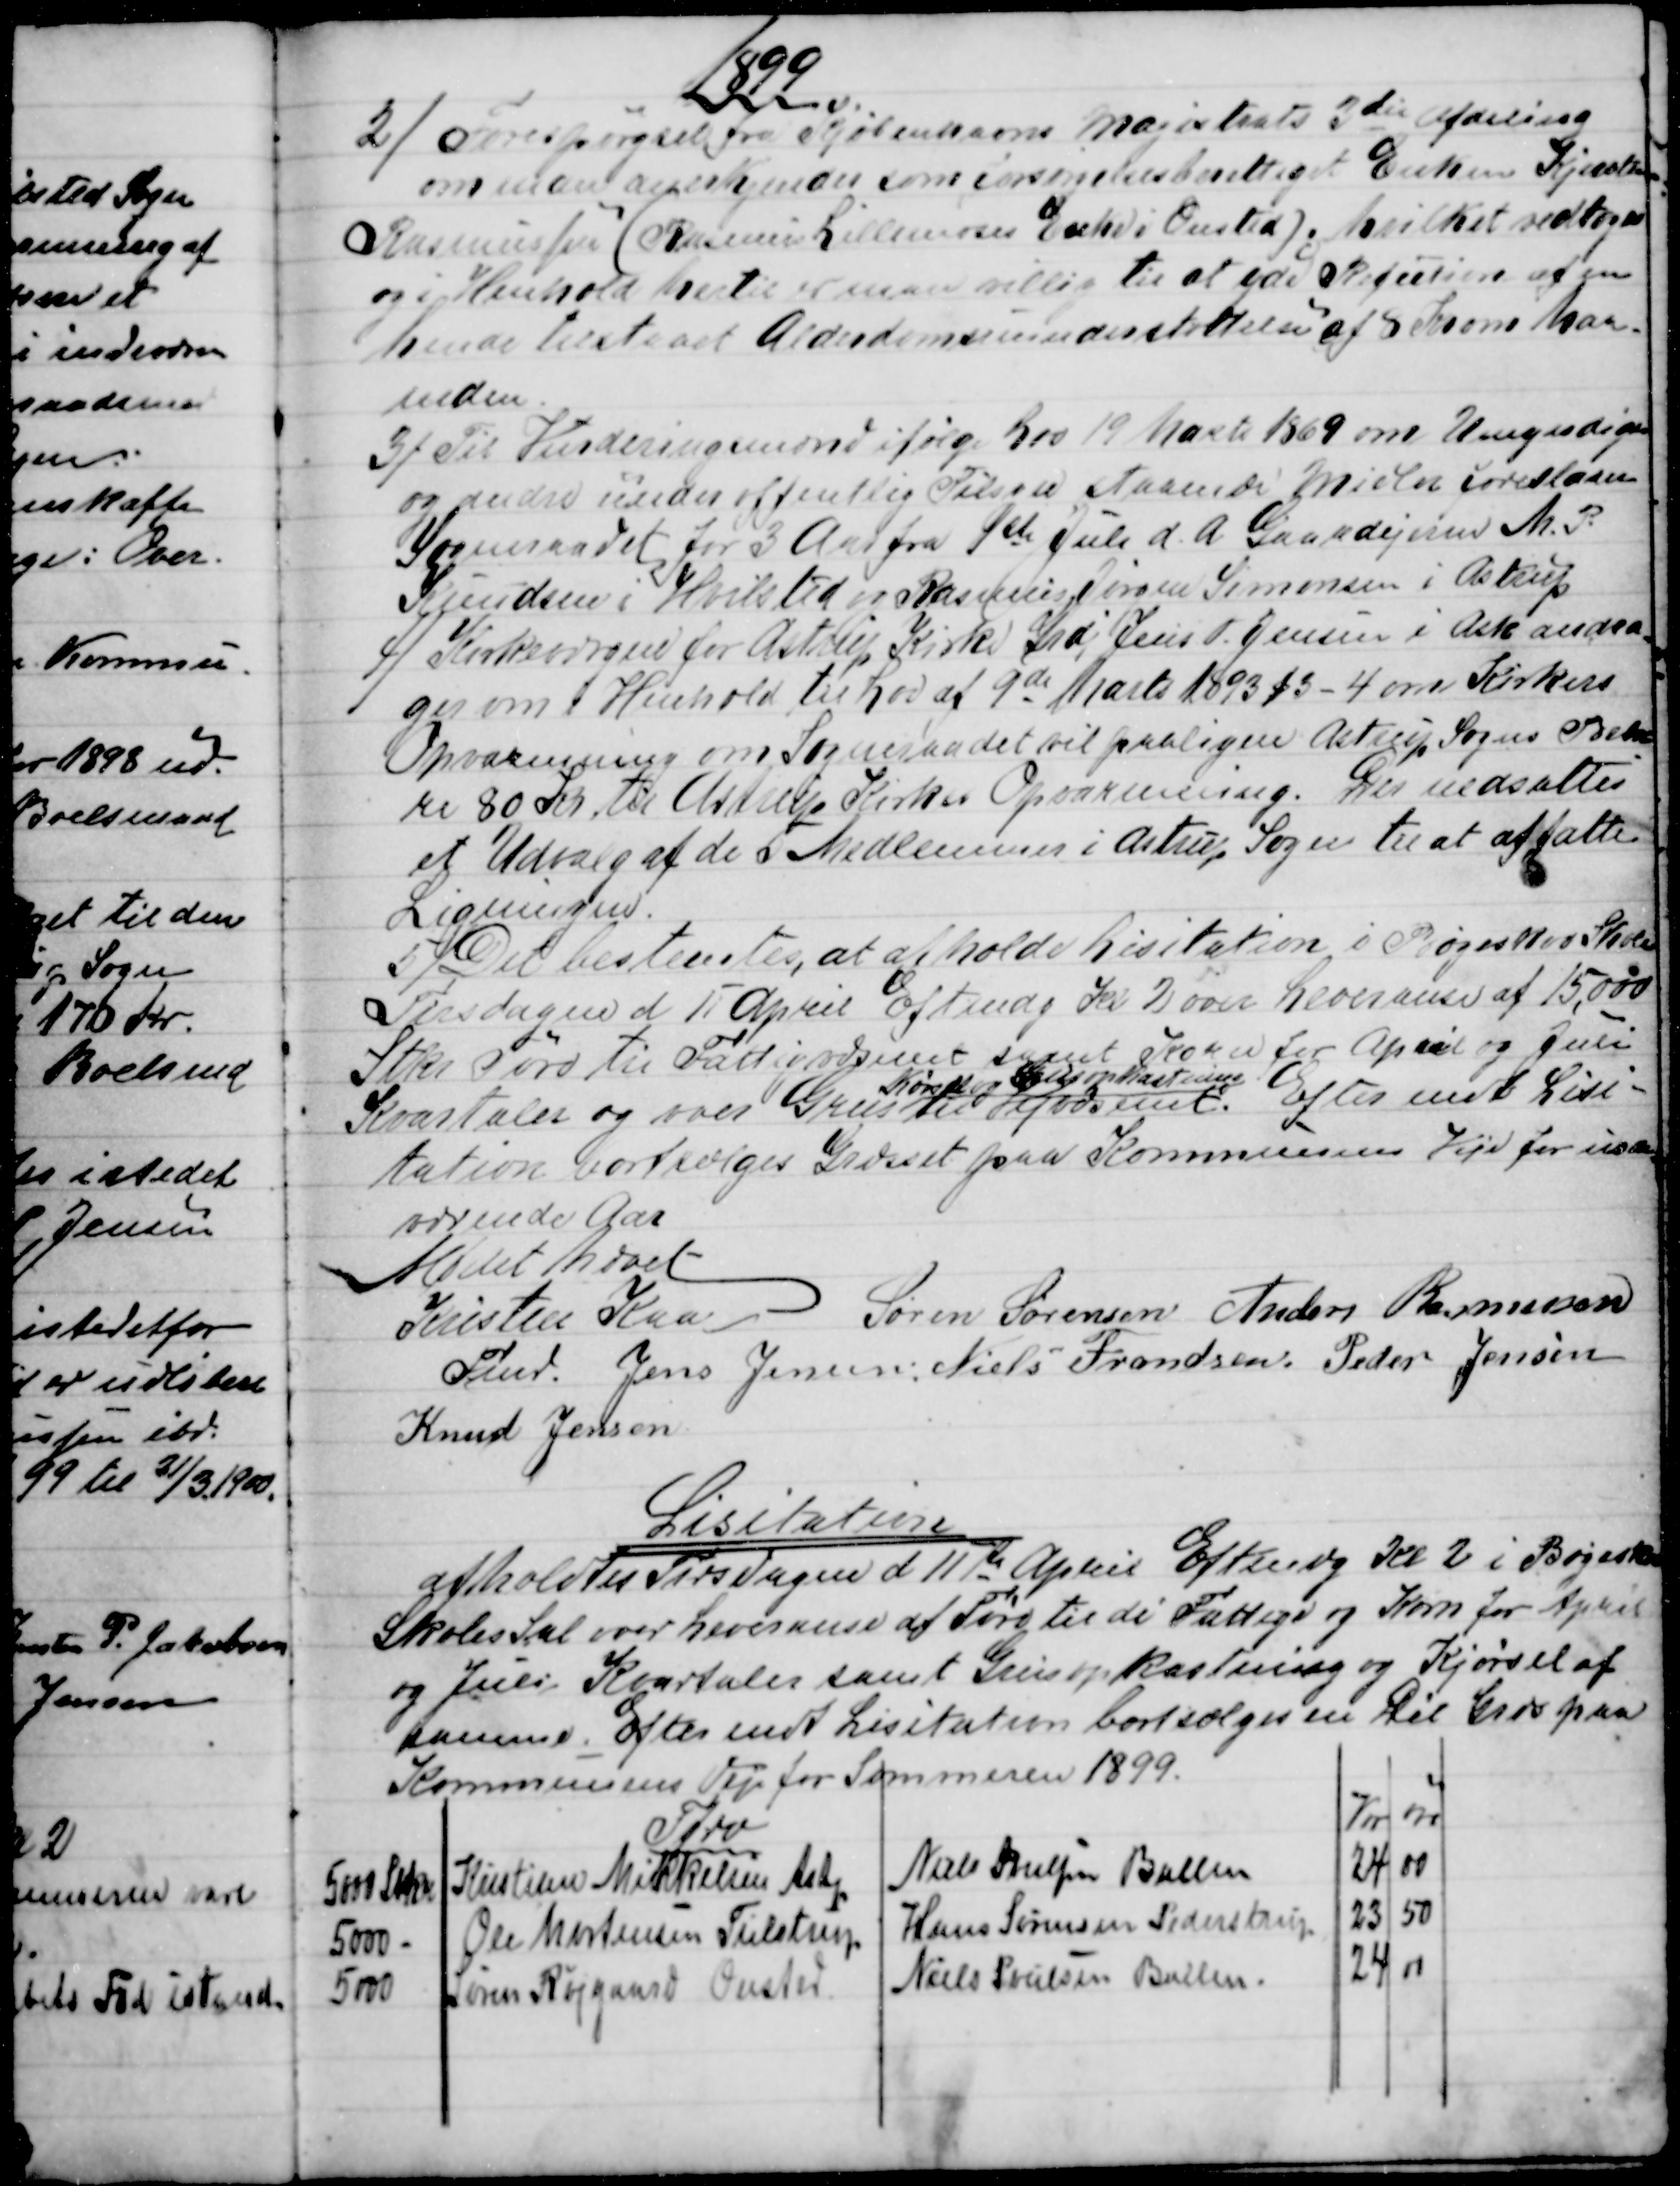
Transskription:
1899
2)
Forespørgsel fra Københavns Magistrats 3die Afdeling
om man anerkjender som forsøgelsesberettiget Enken Kjersten
Rasmussen (Rasmus Lillemoses Enke i Onsted), hvilket vedtoges
og i Henhold hertil er man villig til at yde Refution af en
hende tilstaaet Alderdomsunderstøttelse af 8 Kr om Maa-
neden.
3) 
Til Vurderingsmand ifølge Lov 19 Marts 1869 om Umyndiges
og andre under offentlig Tilsyn staaende Midler foreslaaer
Sogneraadet for 3 Aar fra 1ste Juli d. A.  Gaardejerne M. P.
Knudsen i Hvilsted og Rasmus Jørgen Simonsen i Astrup
4)
Kirkeværgen for Astrup Kirke Grdj Jens P. Jensen i Ask andra
=
ger om i Henhold til Lov af 9de Marts 1893 § 3-4 om Kirkers
Opvarmning om Sogneraadet vil paaligne Astrup Sogns Beboe
=
re 80 Kr til Astrup Kirkes Opvarmning. Der nedsattes
et Udvalg af de 5 Medlemmer i Astrup Sogn til at affatte
Ligningen.
5) Det bestemtes, at afholde Lisitation i Bøgeskov Skole
Tirsdagen d 11 April Eftmdg Kl 2 over Leveranse af 15,000
Stkr Tørv til Fattigvæsenet samt Korn for April og Juli
Kvartaler og over Grus til Vejvæsenet.
Kørsel og Grusopkastning
Efter endt Lisi-
tation bortsælges Græsset paa Kommunens Veje for inde-
værende Aar.
Mødet hævet
Kristen Kaae  
Fmd. 
Søren Sørensen  Anders Rasmussen
Jens Jensen, Niels Frandsen  Peder Jensen
Knud Jensen
Lisitation
afholdtes Tirsdagen d 11te April Eftmdg Kl 2 i Bøgeskov
Skoles Sal over Leveranse af Tørv til de Fattige og Korn for April
og Juli Kvartaler samt Grusopkastning og Kjørsel af
samme. Efter endt Lisitation bortsælges en Dél Græs paa
Kommunens Veje for Sommeren 1899.
Tørv
Kr
Øre
5000 Stkr 
Kristian Mikkelsen Astp
Niels Poulsen Ballen
24
00
5000 -
Ole Mortensen Tulstrup
Hans Sørensen Pederstrup
23
50
5000
Søren Røjgaard Onsted
Niels Poulsen Ballen.
24
00